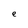
Character: e